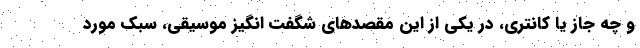
و چه جاز یا کانتری، در یکی از این مقصدهای شگفت انگیز موسیقی، سبک مورد